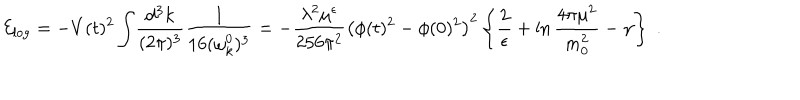
LaTeX: { \cal E } _ { \mathrm { l o g } } = - V ( t ) ^ { 2 } \int \! \frac { \mathrm { d ^ { 3 } } k } { ( 2 \pi ) ^ { 3 } } \frac { 1 } { 1 6 ( \omega _ { k } ^ { 0 } ) ^ { 3 } } = - \frac { \lambda ^ { 2 } \mu ^ { \epsilon } } { 2 5 6 \pi ^ { 2 } } \left( \phi ( t ) ^ { 2 } - \phi ( 0 ) ^ { 2 } \right) ^ { 2 } \left\{ \frac { 2 } { \epsilon } + \ln \frac { 4 \pi \mu ^ { 2 } } { m _ { 0 } ^ { 2 } } - \gamma \right\} \; .